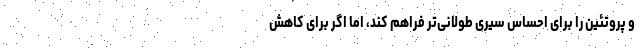
و پروتئین را برای احساس سیری طولانی‌تر فراهم کند، اما اگر برای کاهش